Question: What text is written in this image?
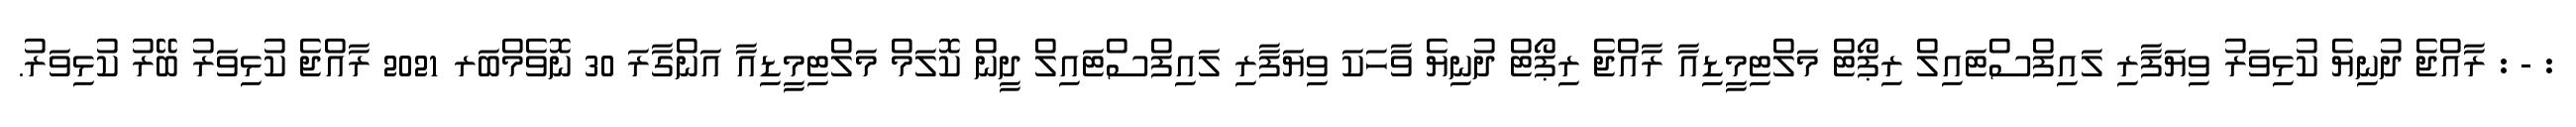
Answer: : - : ރާއްޖެ ދުނިޔެ ކުޅިވަރު ވިޔަފާރި ލައިފްސްޓައިލް ރިޕޯޓް މަލްޓިމީޑިއާ ރާއްޖެ ރިޕޯޓް ދުނިޔެ ވާހަކަ ވިޔަފާރި ލައިފްސްޓައިލް ދީން ކޮލަމް މަލްޓިމީޑިއާ އަންގާރަ 30 ނޮވެމްބަރ 2021 ރާއްޖެ ކުޅިވަރު ބޭރު ކުޅިވަރު.